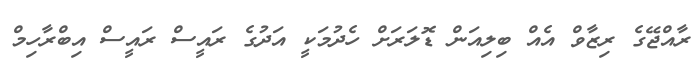
ރާއްޖޭގެ ރިޒާވް އެއް ބިލިއަން ޑޮލަރަށް ހެދުމަކީ އަދުގެ ރައީސް ރައީސް އިބްރާހިމް